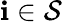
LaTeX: \mathbf{i}\in\mathcal{{S}}